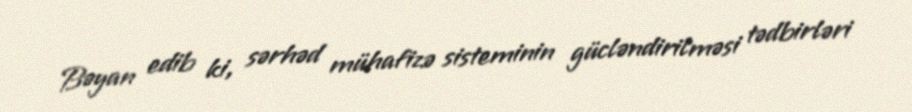
Bəyan edib ki, sərhəd mühafizə sisteminin gücləndirilməsi tədbirləri